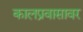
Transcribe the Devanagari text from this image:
कालप्रवासावर